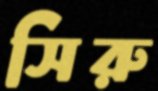
সিরু